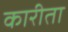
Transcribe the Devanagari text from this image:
कारीता